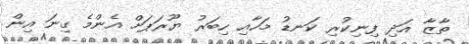
ތާޒާ އަދި ފިނިކުރި ކަނޑު މަހާއި ހިބަރު ޔޫރަޕަށް އެންމެ ގިނަ އިން